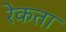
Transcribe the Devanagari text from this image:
रेकता